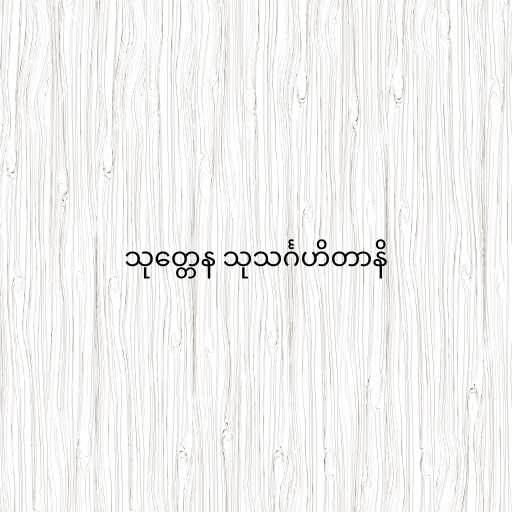
သုတ္တေန သုသင်္ဂဟိတာနိ